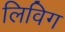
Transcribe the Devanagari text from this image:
लिविग